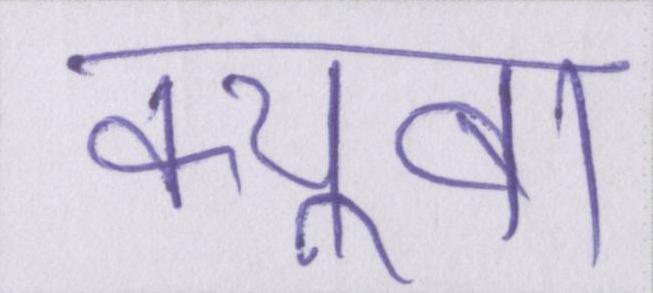
क्यूबा